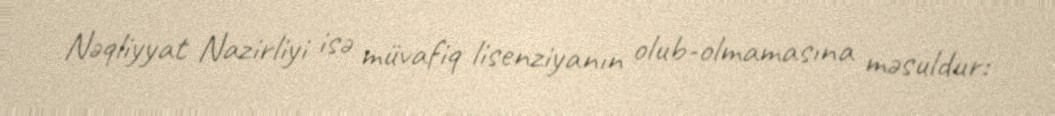
Nəqliyyat Nazirliyi isə müvafiq lisenziyanın olub-olmamasına məsuldur: